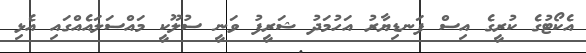
އެކޯޓުގެ ކުރީގެ އިސް ފަނޑިޔާރު އަހުމަދު ޝަރީފު ވަނީ ސުލޫކީ މައްސަލައެއްގައި އެޅި